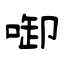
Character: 啣